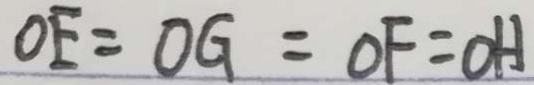
O E = O G = O F = O H